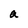
Character: a